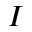
\boldsymbol { I }